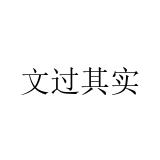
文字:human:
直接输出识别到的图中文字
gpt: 文过其实